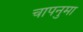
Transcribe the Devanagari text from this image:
चापनुमा